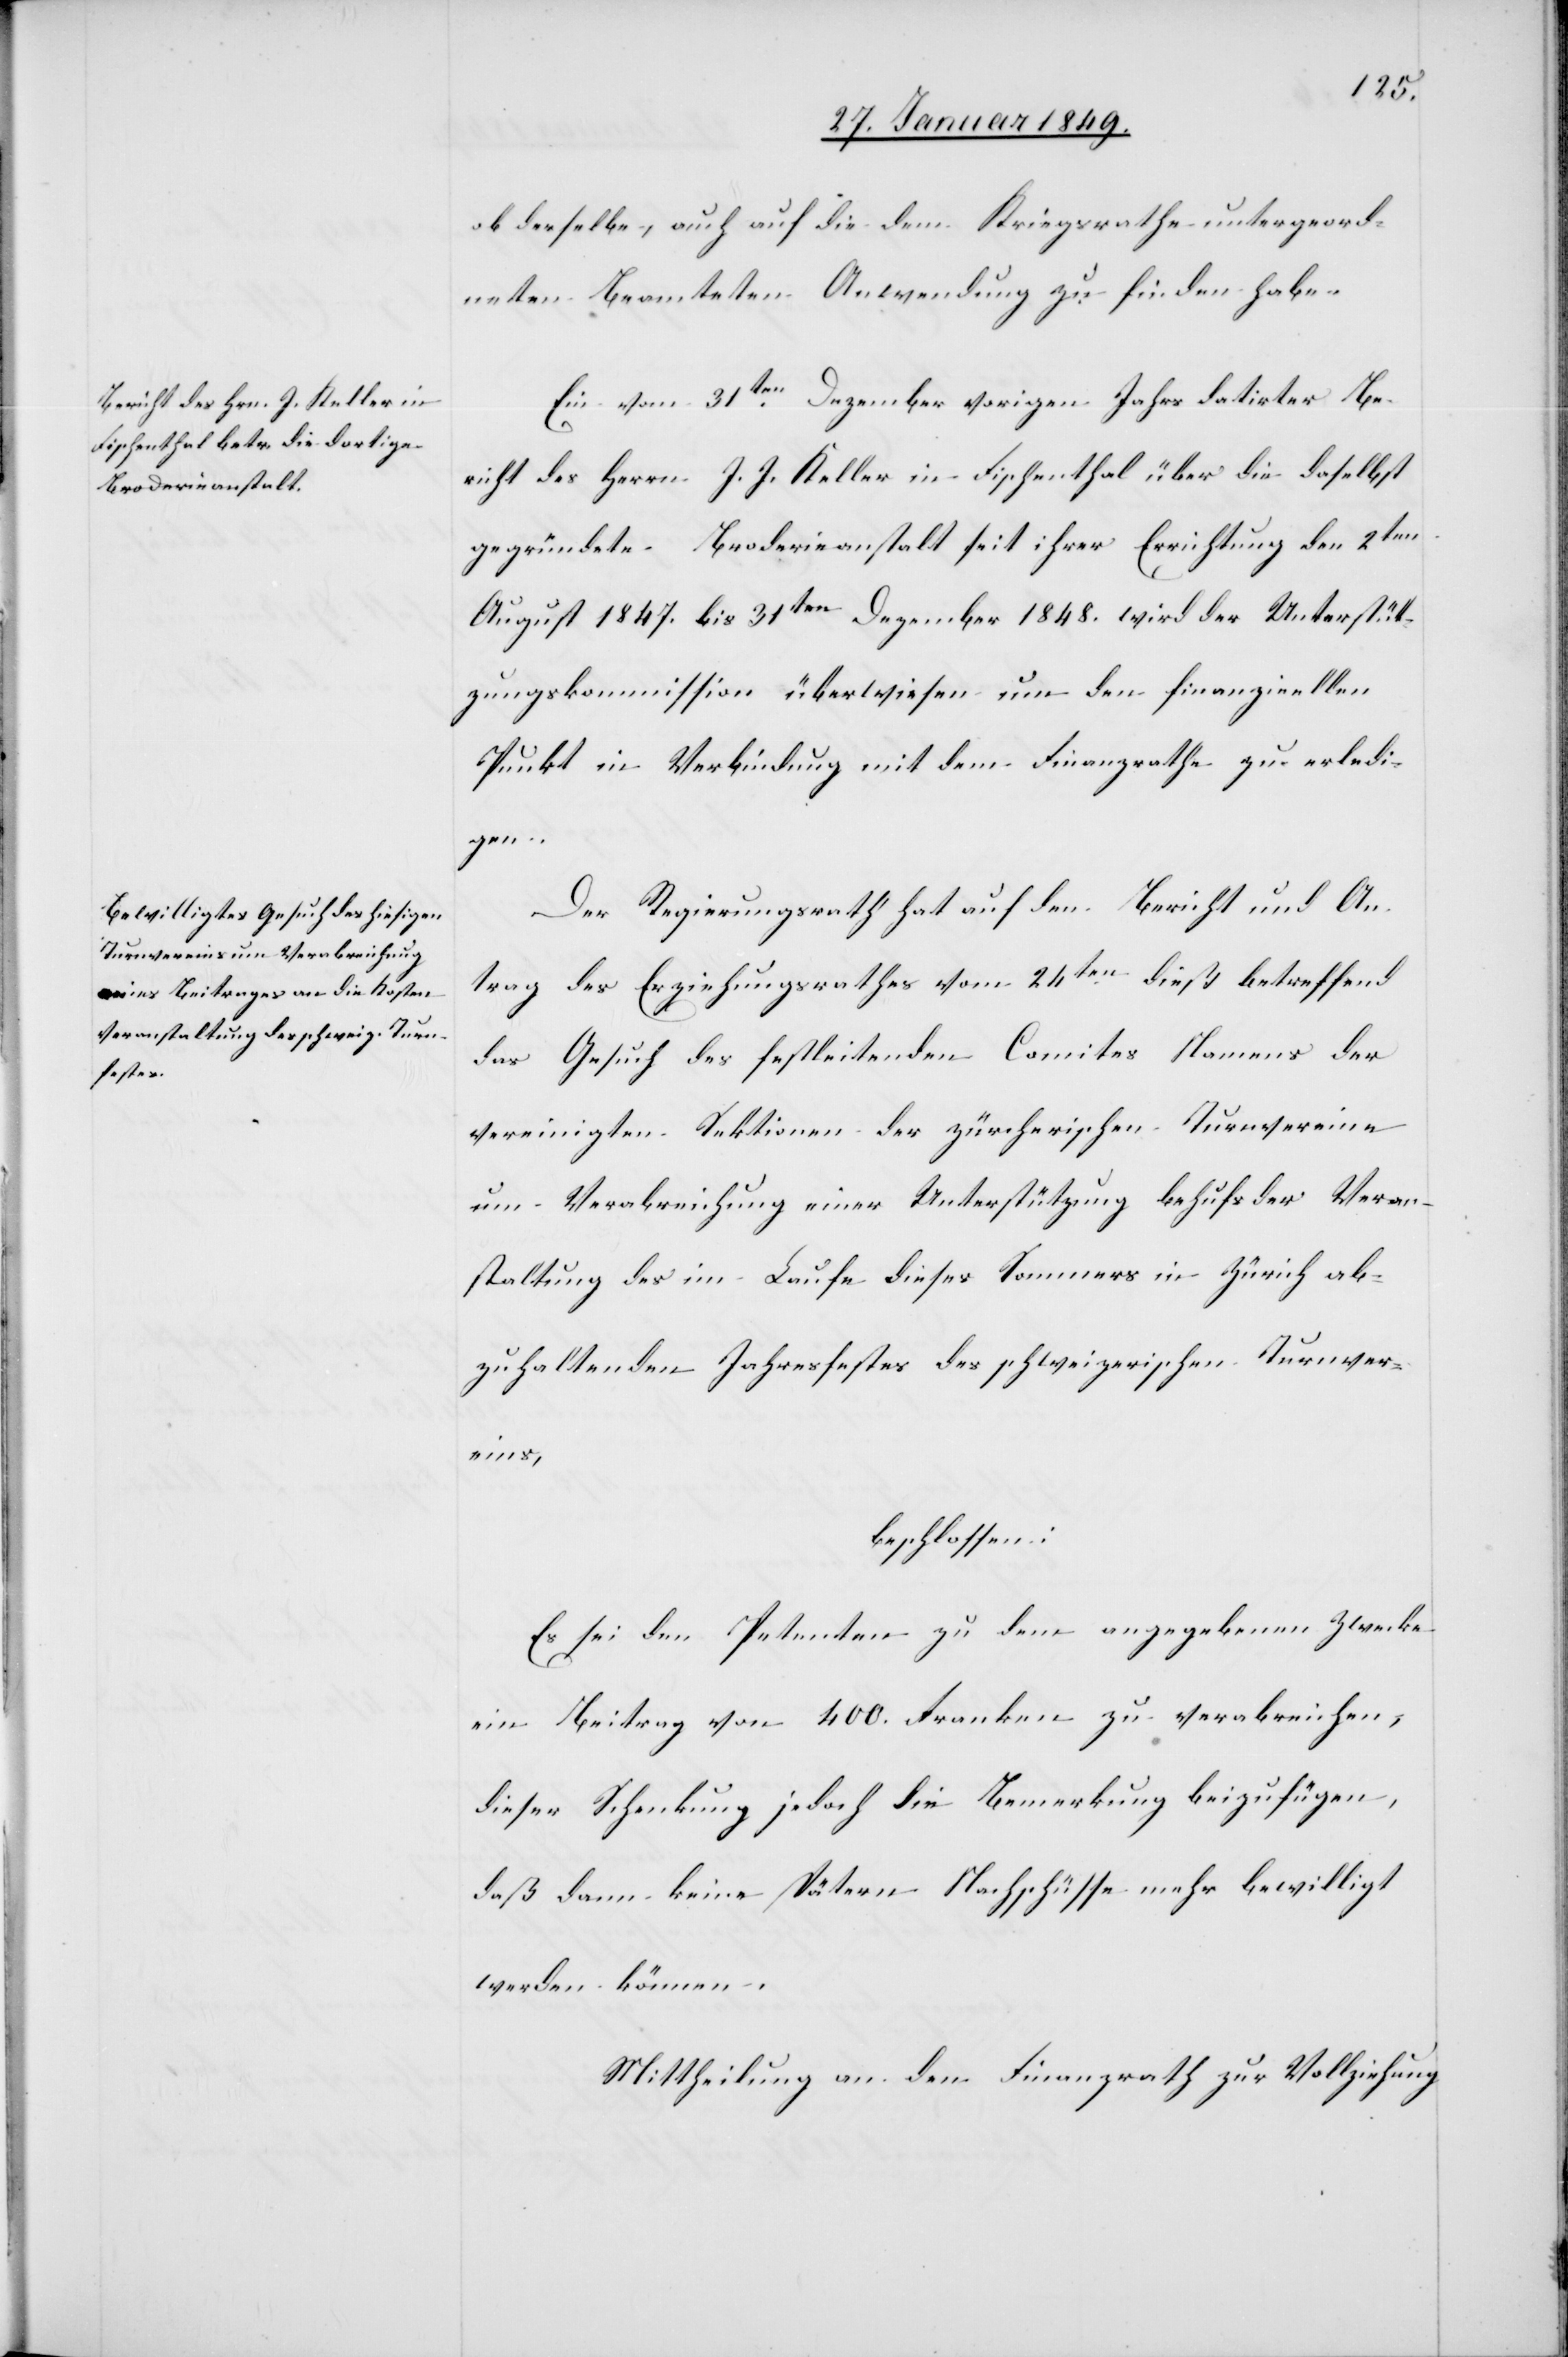
ob derselbe, auch auf die dem Kriegsrathe untergeord¬
neten Beamteten Anwendung zu finden habe.
Ein vom 31ten. Dezember vorigen Jahrs datirter Be¬
richt des Herrn J. J. Keller in Fischenthal über die daselbst
gegründete Broderieanstalt seit ihrer Errichtung den 2ten
August 1847. bis 31ten Dezember 1848. wird der Unterstüt¬
zungskommission überwiesen um den finanziellen
Punkt in Verbindung mit dem Finanzrathe zu erledi¬
gen.
Der Regierungsrath hat auf den Bericht und An¬
trag des Erziehungsrathes vom 24ten. dieß betreffend
das Gesuch des festleitenden Comites Namens der
vereinigten Sektionen der zürcherischen Turnvereine
um Verabreichung einer Unterstützung behufs der Veran¬
staltung des im Laufe dieses Sommers in Zürich ab¬
zuhaltenden Jahresfestes des schweizerischen Turnver¬
eins,
beschlossen:
Es sei den Petenten zu dem angegebenen Zwecke
ein Beitrag von 400. Franken zu verabreichen,
dieser Schenkung jedoch die Bemerkung beizufügen,
daß dann keine spätern Nachschüsse mehr bewilligt
werden können.
Mittheilung an den Finanzrath zur Vollziehung